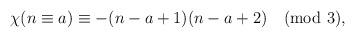
LaTeX: \begin{align*} \chi(n\equiv a)\equiv -(n-a+1)(n-a+2)\pmod3 ,\end{align*}